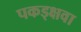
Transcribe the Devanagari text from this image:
पकड्क्षवा